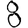
Digit: 8